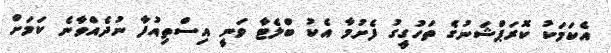
އެކަމަކު ކޮރަޕްޝަނުގެ ތަހުގީގު ފެށުމާ އެކުު ބްލެޓާ ވަނީ އިސްތިއުފާ ނުދެއްވާނެ ކަމަށް